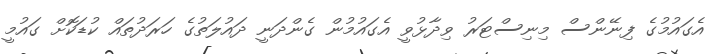
އެގައުމުގެ ފިނޭންސް މިނިސްޓަރު ވިދާޅުވީ އެގައުމުން ގެންދަނީ ދައުލަތުގެ ހަރަދުތައް ކުޑަކޮށް ގައުމީ